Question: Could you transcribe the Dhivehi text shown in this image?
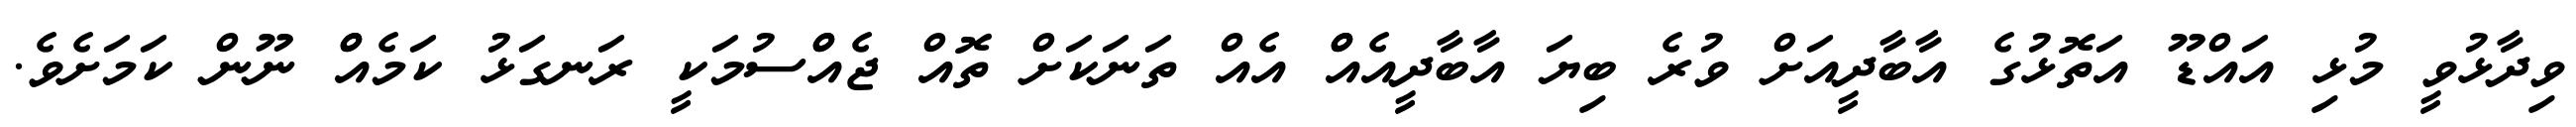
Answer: ވިދާޅުވީ މުޅި އައްޑޫ އަތޮޅުގެ އާބާދީއަށް ވުރެ ބިޔަ އާބާދީއެއްް އެއް ތަނަކަށް ތޮއް ޖެއްްސުމަކީ ރަނގަޅު ކަމެއްް ނޫން ކަމަށެވެ.